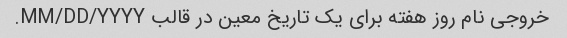
خروجی نام روز هفته برای یک تاریخ معین در قالب MM/DD/YYYY.